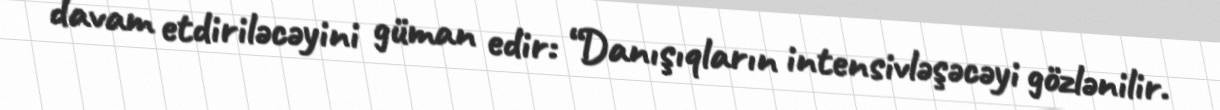
davam etdiriləcəyini güman edir: “Danışıqların intensivləşəcəyi gözlənilir.